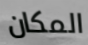
المكان